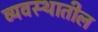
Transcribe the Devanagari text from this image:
व्यवस्थातील